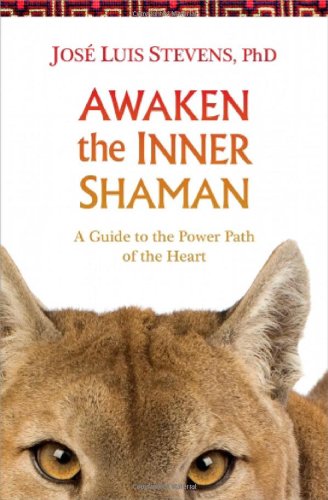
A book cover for Awaken the Inner Shaman: A Guide to the Power Path of the Heart; Jose Stevens; Religion & Spirituality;